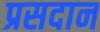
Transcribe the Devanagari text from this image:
प्रसदान